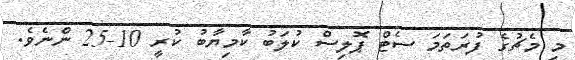
މި މެޗުގެ ފުރަތަމަ ސެޓް ޕޮލިސް ކުލަބު ކާމިޔާބު ކުރީ 10-25 ންނެވެ.